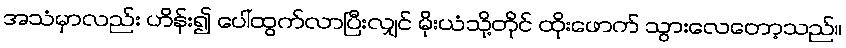
အသံမှာလည်း ဟိန်း၍ ပေါ်ထွက်လာပြီးလျှင် မိုးယံသို့တိုင် ထိုးဖောက် သွားလေတော့သည်။